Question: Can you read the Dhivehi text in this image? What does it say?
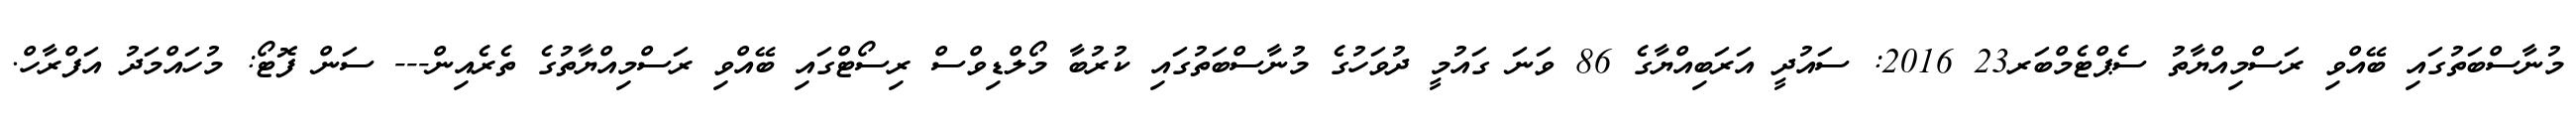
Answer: މުނާސްބަތުގައި ބޭއްވި ރަސްމިއްޔާތު ސެޕްޓެމްބަރ23 2016: ސައުދީ އަރަބިއްޔާގެ 86 ވަނަ ގައުމީ ދުވަހުގެ މުނާސްބަތުގައި ކުރުބާ މޯލްޑިވްސް ރިސޯޓްގައި ބޭއްވި ރަސްމިއްޔާތުގެ ތެރެއިން--- ސަން ފޮޓޯ: މުހައްމަދު އަފްރާހް.